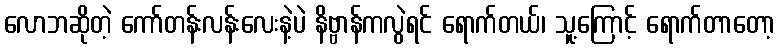
လောဘဆိုတဲ့ ကော်တန်းလန်းလေးနဲ့ပဲ နိဗ္ဗာန်ကလွဲရင် ရောက်တယ်၊ သူ့ကြောင့် ရောက်တာတော့